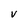
Character: V